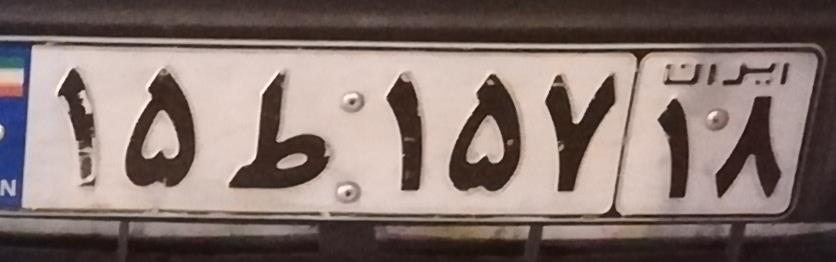
۱۵ط۱۵۷۱۸